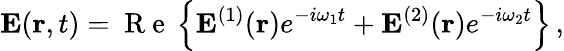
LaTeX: {\mathbf E}({\mathbf r},t)=\mathrm{~R~e~}\left\{ {\mathbf E}^{(1)}({\mathbf r})e^{-i\omega_{1}t}+{\mathbf E}^{(2)}({\mathbf r})e^{-i\omega_{2}t}\right\} \, ,